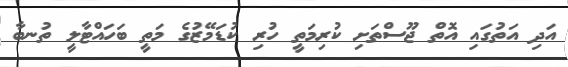
އަދި އަތުގައި އޮތް ޖޫސްތަށި ކުރިމަތީ ހުރި ކުޑަމޭޒުގެ މަތީ ބަހައްޓާލީ ތުނބާ